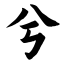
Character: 兮